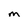
Character: M